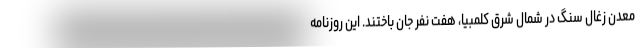
معدن زغال سنگ در شمال شرق کلمبیا، هفت نفر جان باختند. این روزنامه